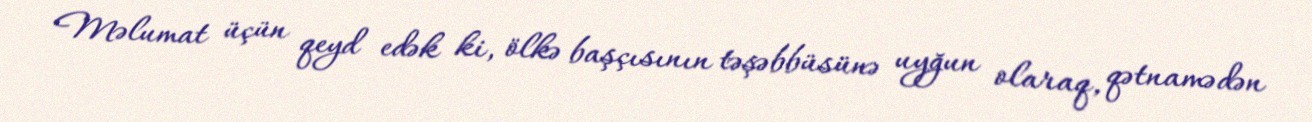
Məlumat üçün qeyd edək ki, ölkə başçısının təşəbbüsünə uyğun olaraq, qətnamədən